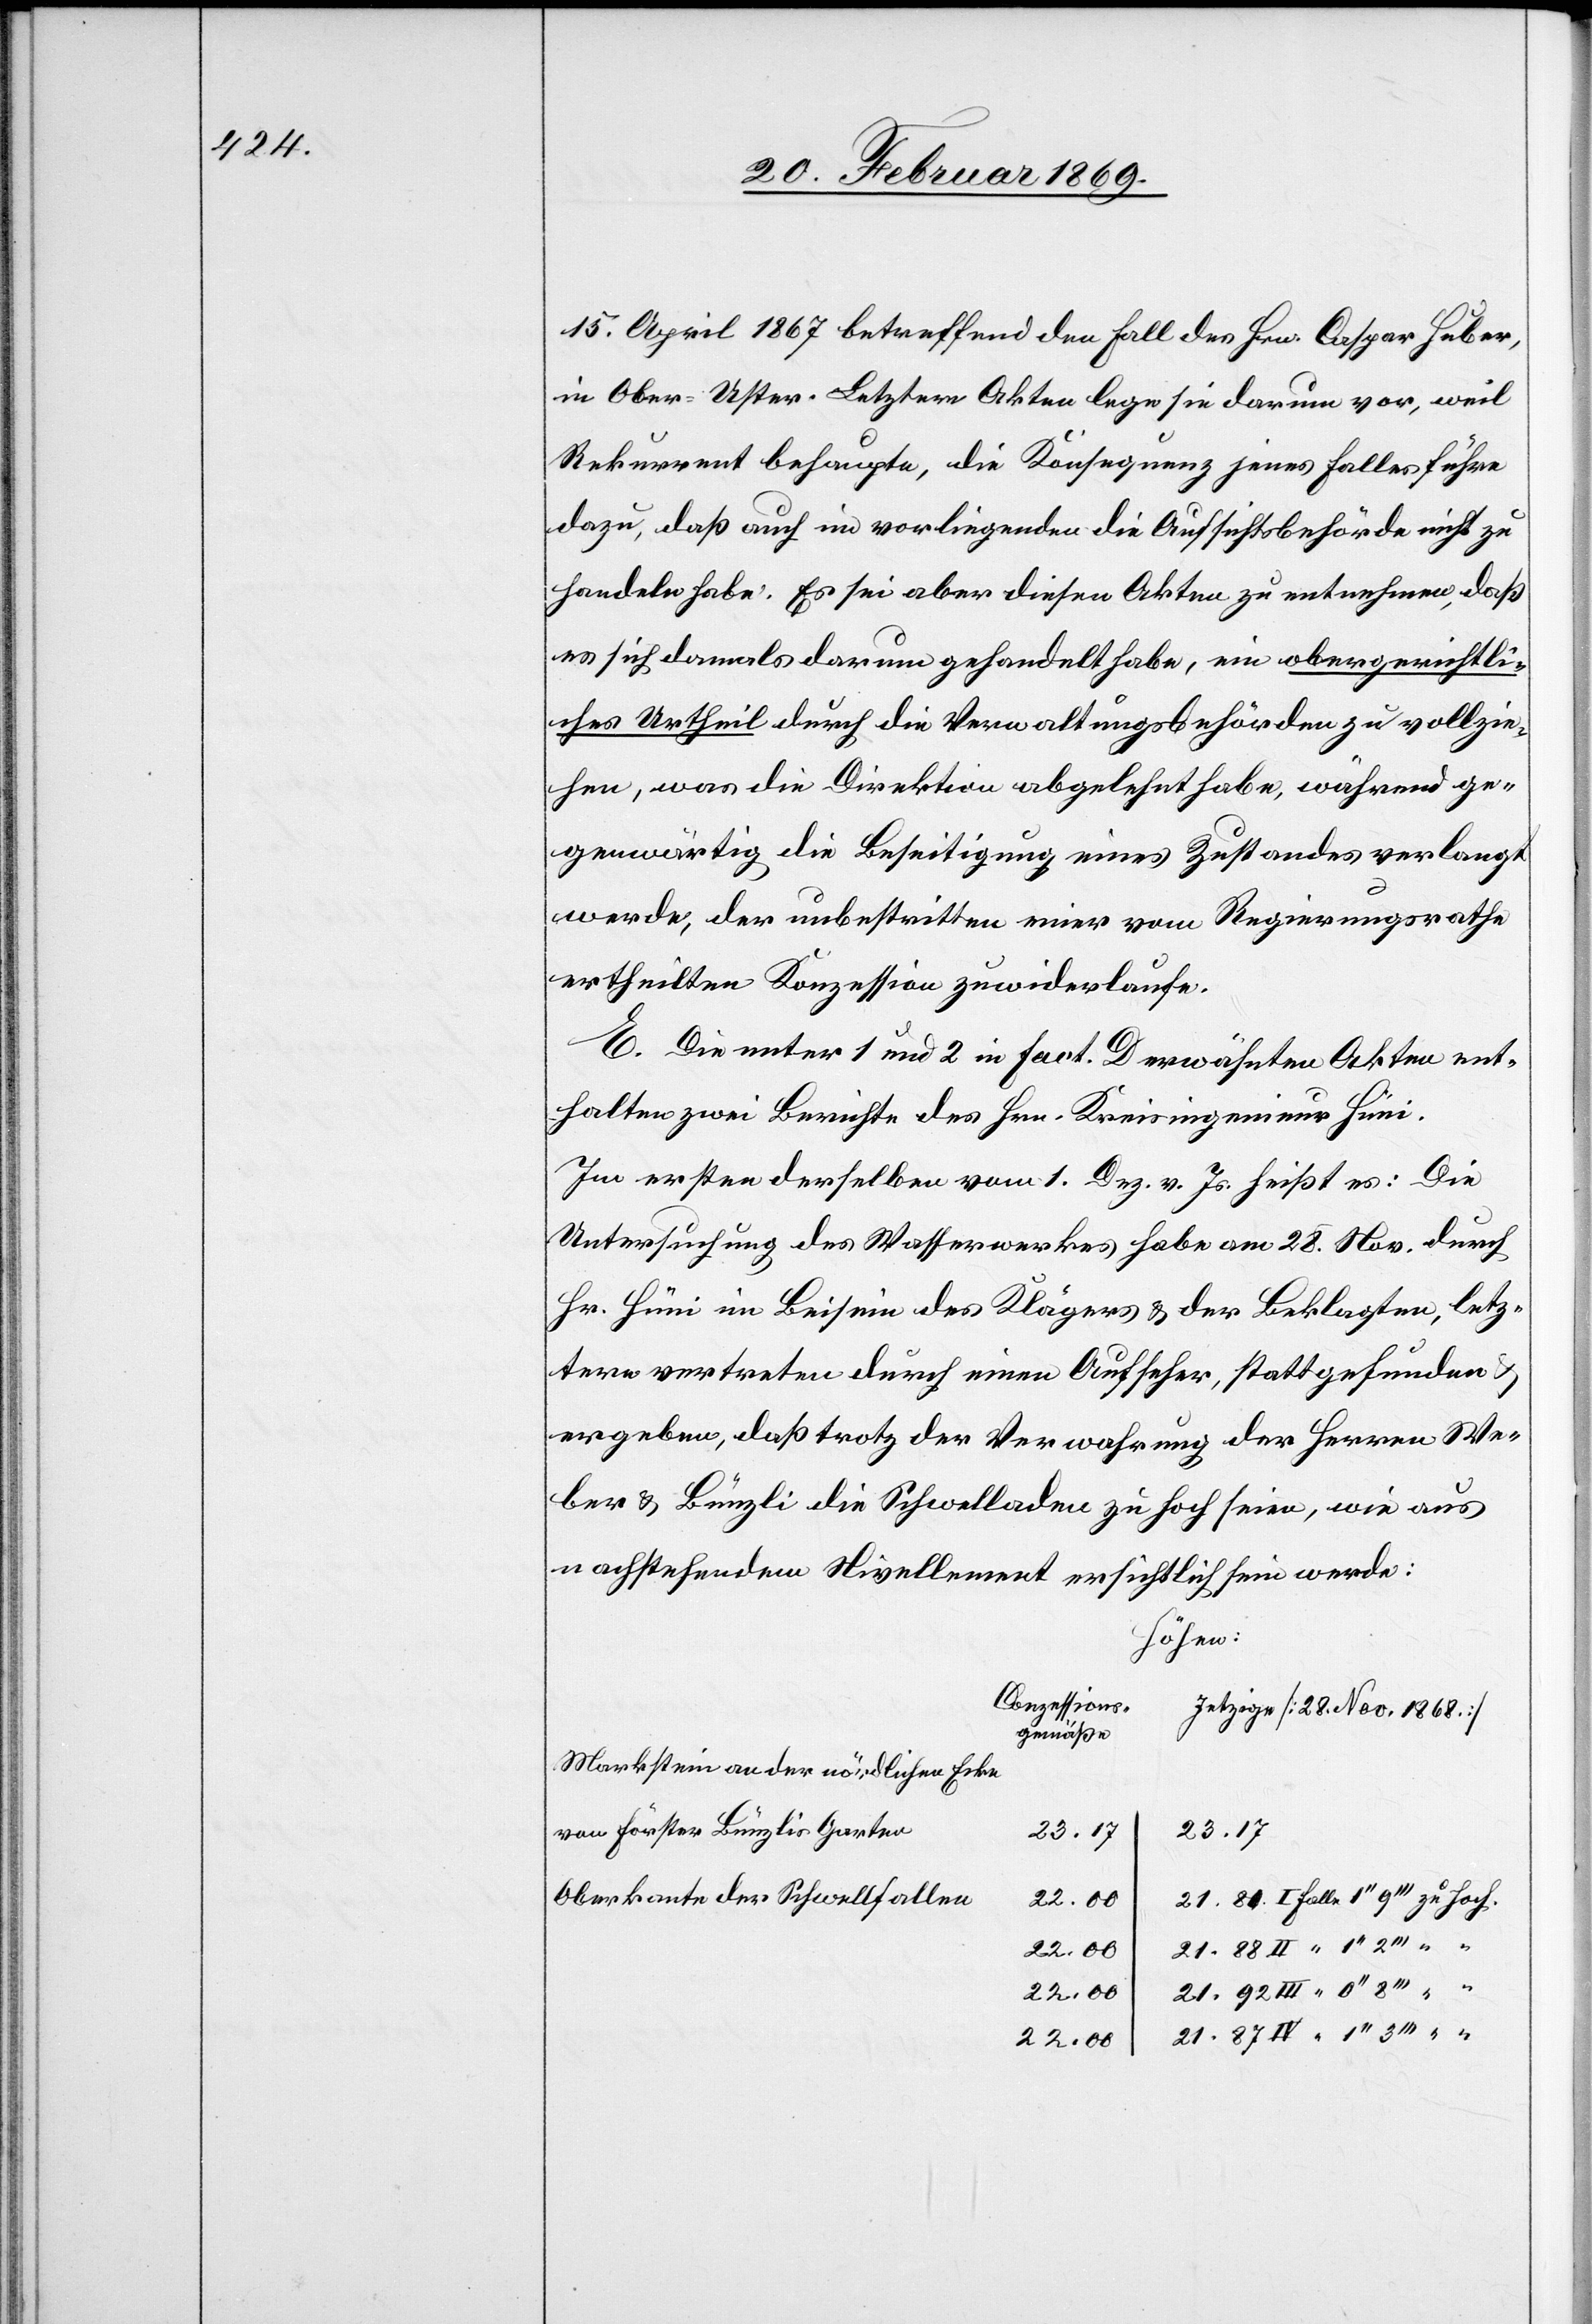
21.84

15. April 1867 betreffend den Fall des Hrn. Caspar Huber,
in Ober-Uster. Letztere Akten lege sie darum vor, weil
Rekurrent behaupte, die Konsequenz jenes Falles führe
dazu, daß auch im vorliegenden die Aufsichtsbehörde nicht zu
handeln habe. Es sei aber diesen Akten zu entnehmen, daß
es sich damals darum gehandelt habe, ein obergerichtli¬
ches Urtheil durch die Verwaltungsbehörden zu vollzie¬
hen, was die Direktion abgelehnt habe, während ge¬
genwärtig die Beseitigung eines Zustandes verlangt
werde, der unbestritten einer vom Regierungsrathe
ertheilten Konzession zuwiderlaufe.
E. Die unter 1 und 2 in Fact. D erwähnten Akten ent¬
halten zwei Berichte des Hrn. Kreisingenieur Hüni.
Im ersten derselben vom 1. Dez v. Js. heißt es: Die
Untersuchung des Wasserwerkes habe am 28. Nov durch
Hr. Hüni im Beisein des Klägers u. der Beklagten, letz¬
tere vertreten durch einen Aufseher, stattgefunden
ergeben, daß trotz der Verwahrung der Herren We¬
ber & Bünzli die Schwelladen zu hoch seien, wie aus
nachstehendem Nivellement ersichtlich sein werde:
Höhen:
Conzessions
Jetzige [28 Nov. 1868]
gemäße
Markstein an der nördlichen
von Förster Bünzlis Garten
21.87
23.17
Oberkante der Schwellfallen
22.00